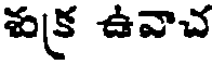
శుక్ర ఉవాచ